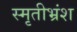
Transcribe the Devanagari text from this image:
स्मृतीभ्रंश